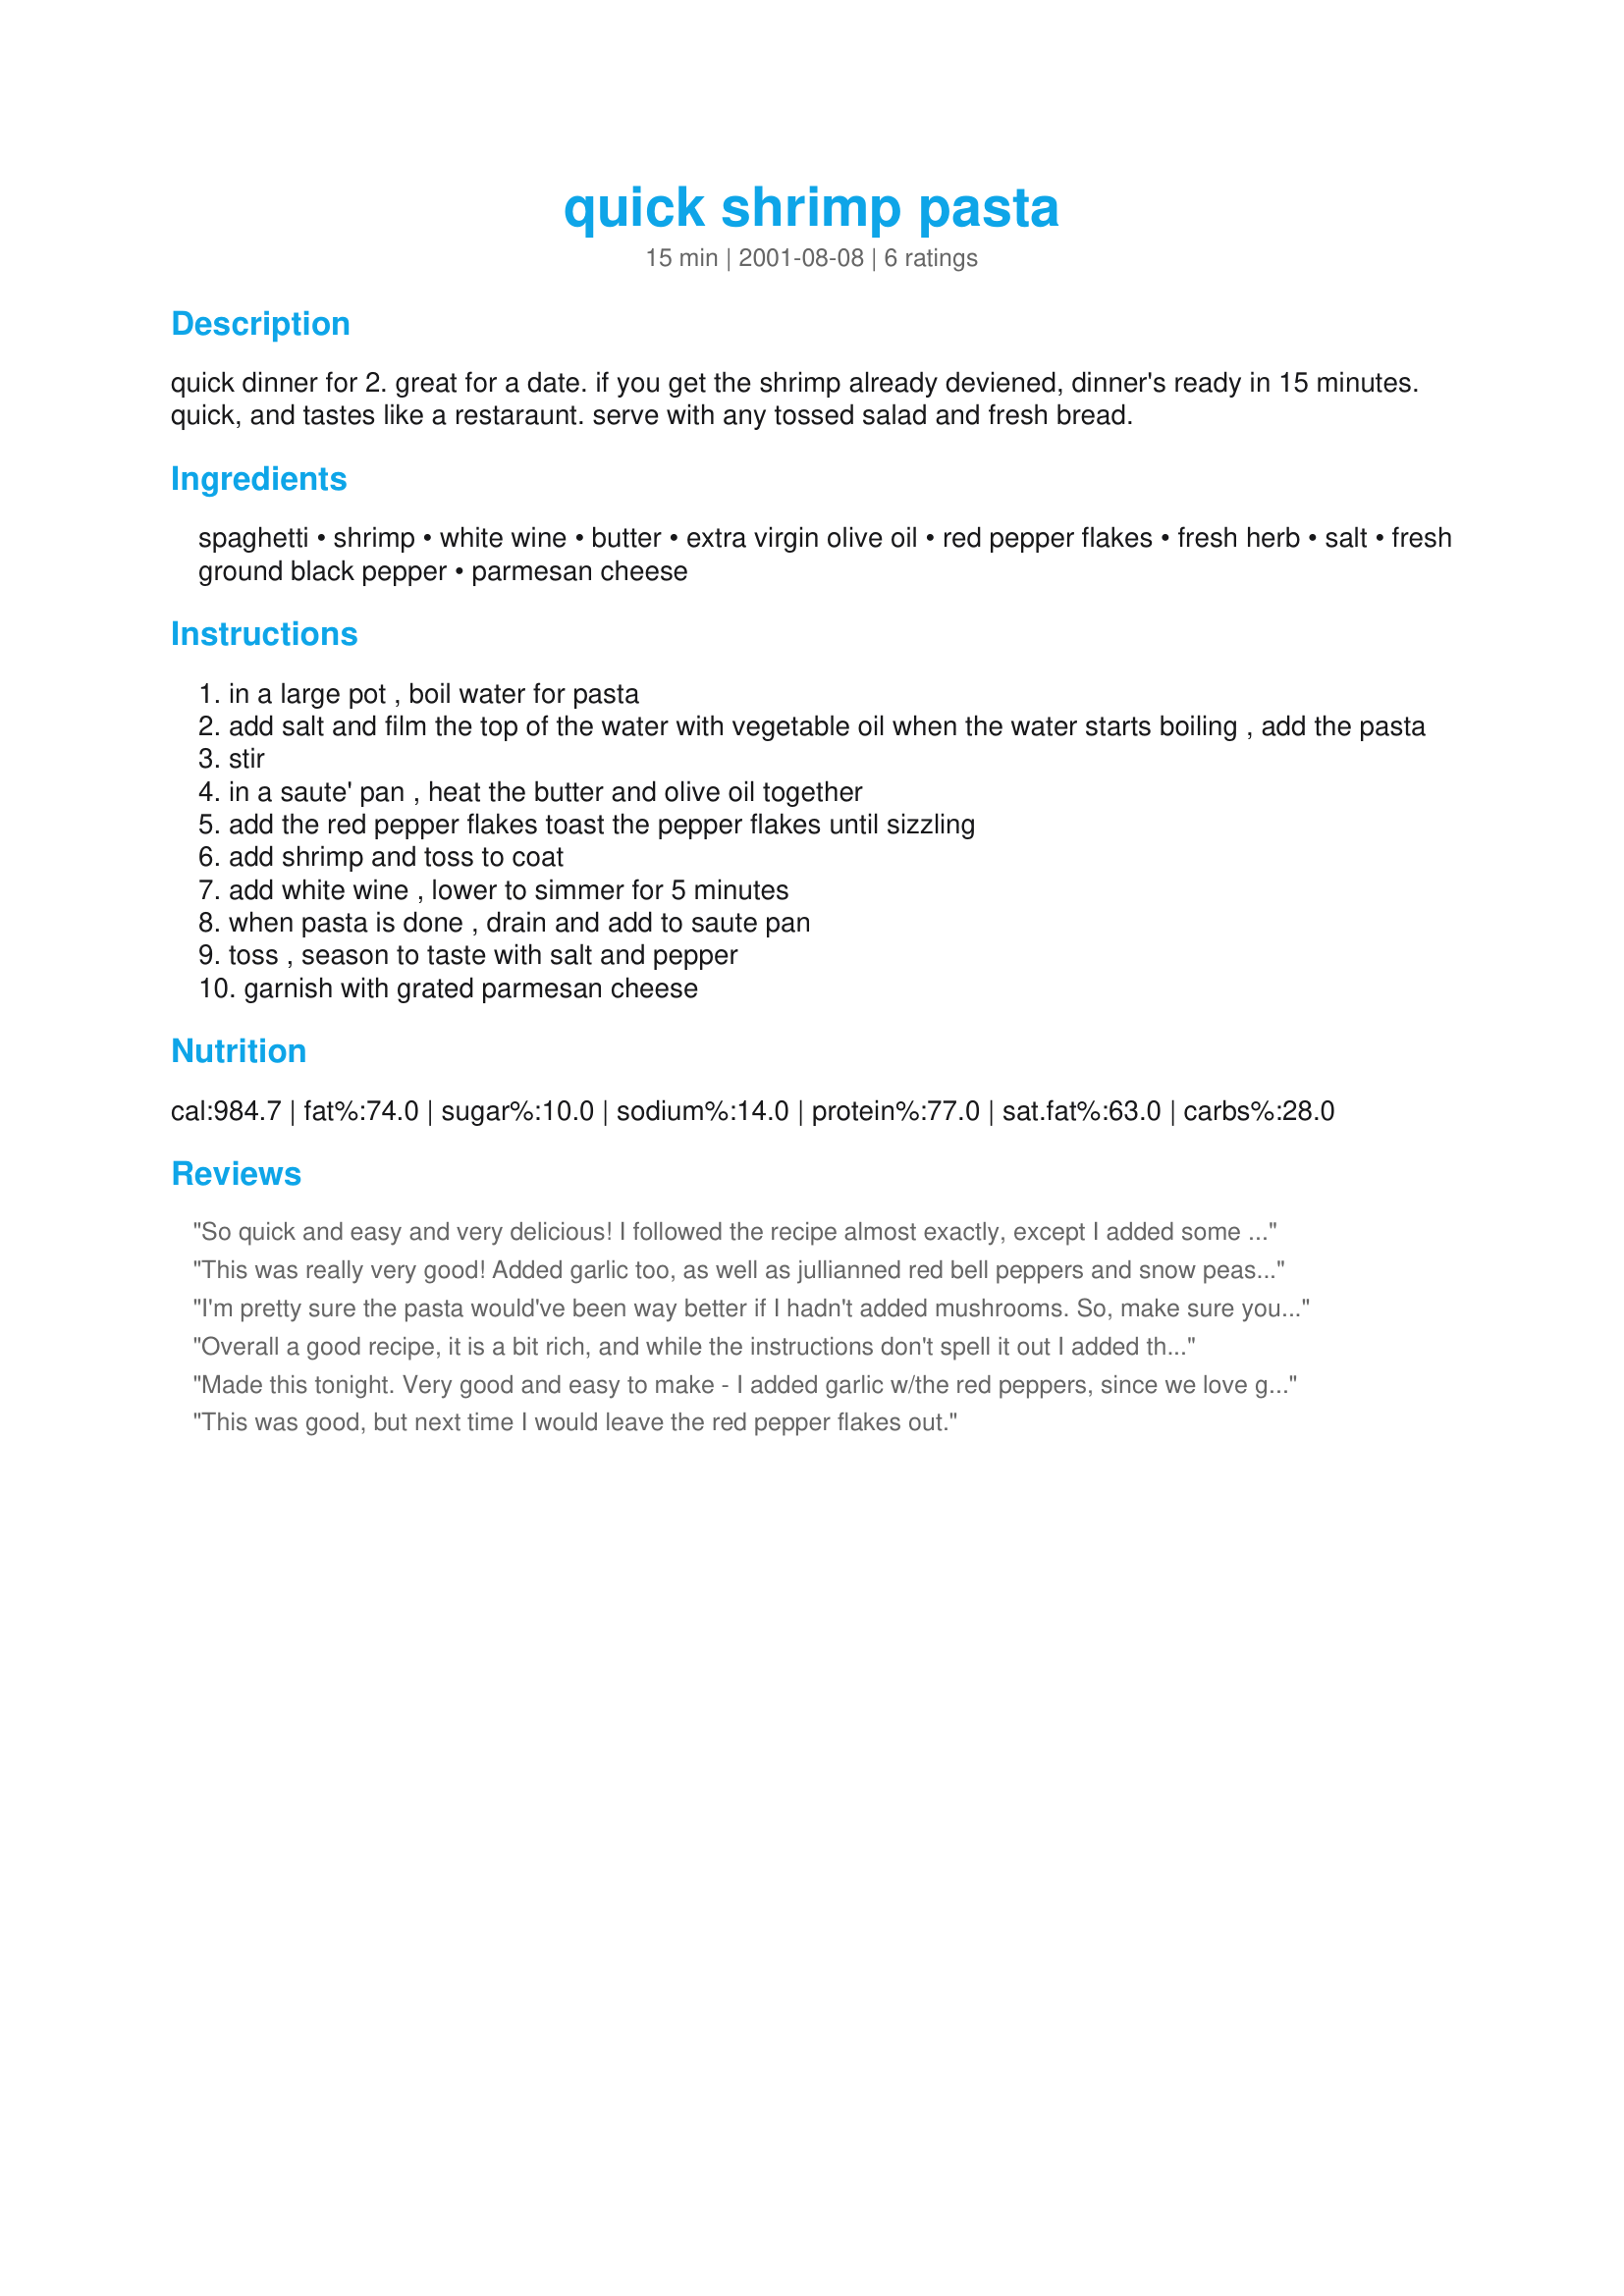
quick shrimp pasta
Preparation time: 15 minutes

quick dinner for 2. great for a date. if you get the shrimp already deviened, dinner's ready in 15 minutes. quick, and tastes like a restaraunt. serve with any tossed salad and fresh bread.

Ingredients:
spaghetti, shrimp, white wine, butter, extra virgin olive oil, red pepper flakes, fresh herb, salt, fresh ground black pepper, parmesan cheese

Steps:
in a large pot , boil water for pasta
add salt and film the top of the water with vegetable oil when the water starts boiling , add the pasta
stir
in a saute' pan , heat the butter and olive oil together
add the red pepper flakes toast the pepper flakes until sizzling
add shrimp and toss to coat
add white wine , lower to simmer for 5 minutes
when pasta is done , drain and add to saute pan
toss , season to taste with salt and pepper
garnish with grated parmesan cheese

Reviews:
So quick and easy and very delicious! I followed the recipe almost exactly, except I added some onion and garlic and used dried basil (that's all I had). I also didn't use the cheese (I am not a gid fan of cheese). It was spicy and flavorful and really satisfied after a hard, long day! Thanks for posting this; I know I will be making it again in the future!
This was really very good! Added garlic too, as well as jullianned red bell peppers and snow peas. Would have liked to add broccoli but didn't have any... and just thought of thinly sliced onions or scallions while I'm typing this. That will have to be next time! 

I experimented with using only a Tbs of butter and no EVOO in the saute pan - trying to cut calories/fat. Would have liked pasta to be a tad moister, but it sat for a little bit while waiting for DH to get home from work, and the pasta soaked up most of the liquid. I'm sure this would not have been a problem if I'd have used the EVOO. 

This is a great, easy, quick weeknight dinner that can easily be adapted for whatever you have on hand. Thanks!
I'm pretty sure the pasta would've been way better if I hadn't added mushrooms. So, make sure you never sute the mushrooms with everything else!
Overall a good recipe, it is a bit rich, and while the instructions don't spell it out I added the fresh herbs (parsley, basil) when I added the white wine. I would recommend this dish to a couple, but not anyone with any kids.
Made this tonight. Very good and easy to make - I added garlic w/the red peppers, since we love garlic, made it even tastier. Had to use dried herbs (basil and parsley); I'm sure fresh would be great. Thanks for the recipe. Always good to see quick shrimp recipes!
This was good, but next time I would leave the red pepper flakes out.
